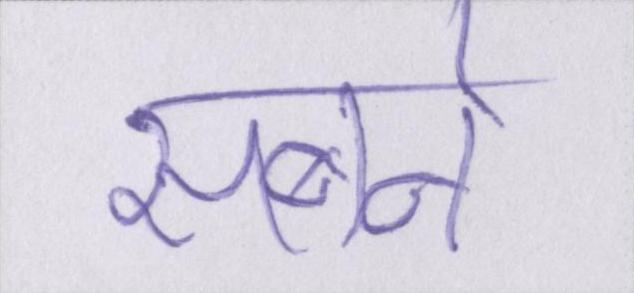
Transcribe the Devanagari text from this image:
सबने